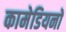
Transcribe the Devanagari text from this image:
कामेडियनों